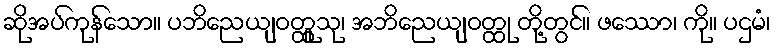
ဆိုအပ်ကုန်သော။ ပဘိညေယျဝတ္ထူသု၊ အဘိညေယျဝတ္ထု တို့တွင်။ ဖဿော၊ ကို။ ပဌမံ၊